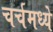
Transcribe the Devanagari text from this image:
चर्चमध्‍ये